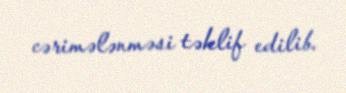
cərimələnməsi təklif edilib.